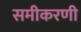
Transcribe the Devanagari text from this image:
समीकरणी